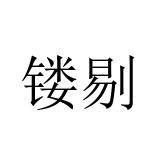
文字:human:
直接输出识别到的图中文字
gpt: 镂剔